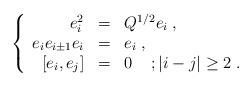
LaTeX: \begin{align*}\left \{ \begin{array}{rcl} e_{i}^{2}&=&Q^{1/2}e_{i}\;,\\ e_{i}e_{i\pm 1}e_{i}&=&e_{i}\;,\\ \,[e_{i},e_{j}]&=&0\;\;\;\; ; |i-j|\geq 2 \;. \end{array} \right. \end{align*}